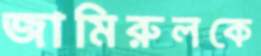
জামিরুলকে